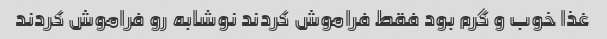
غذا خوب و گرم بود فقط فراموش کردند نوشابه رو فراموش کردند